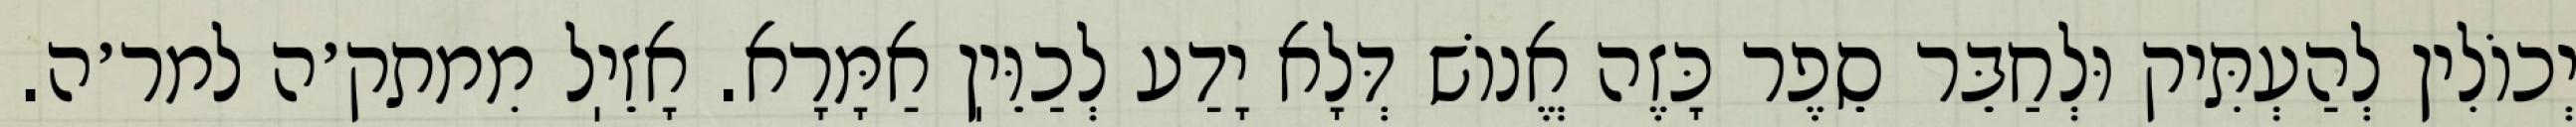
יְכוֹלִין לְהַעְתִּיק וּלְחַבֵּר סֵפֶר כָּזֶה אֱנוֹשׁ דְּלָא יָדַע לְכַוֵּיֽן אַמָּרָא. אָזֵיֽל מִמתק׳ה למר׳ה.